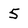
Character: 5